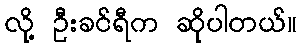
လို့ ဦးခင်ရီက ဆိုပါတယ်။